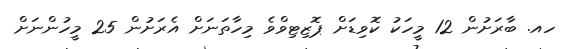
ހއ. ބާރަށުން 12 މީހަކު ކޮވިޑަށް ޕޮޒިޓިވްވެ މިހާތަނަށް އެރަށުން 25 މީހުންނަށް